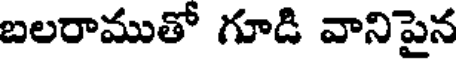
బలరాముతో గూడి వానిపైన